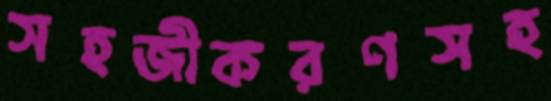
সহজীকরণসহ